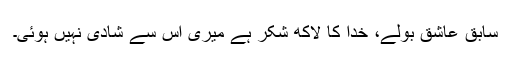
سابق عاشق بولے، خدا کا لاکھ شکر ہے میری اس سے شادی نہیں ہوئی۔